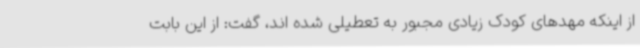
از اینکه مهدهای کودک زیادی مجبور به تعطیلی شده اند، گفت: از این بابت